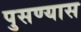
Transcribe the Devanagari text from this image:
पुसण्यास